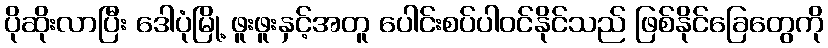
ပိုဆိုးလာပြီး ဒေါပုံမြို့ ဖူးဖူးနှင့်အတူ ပေါင်းစပ်ပါဝင်နိုင်သည် ဖြစ်နိုင်ခြေတွေကို